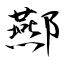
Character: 酀